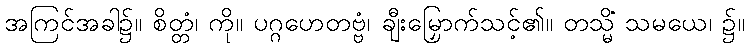
အကြင်အခါ၌။ စိတ္တံ၊ ကို။ ပဂ္ဂဟေတဗ္ဗံ၊ ချီးမြှောက်သင့်၏။ တသ္မိံ သမယေ၊ ၌။